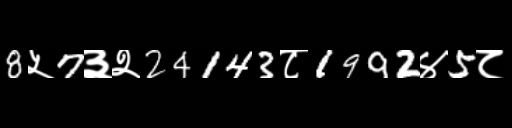
Text: 8५7३२24143८1992४5८